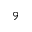
^ 9